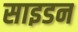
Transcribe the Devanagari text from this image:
साइडन